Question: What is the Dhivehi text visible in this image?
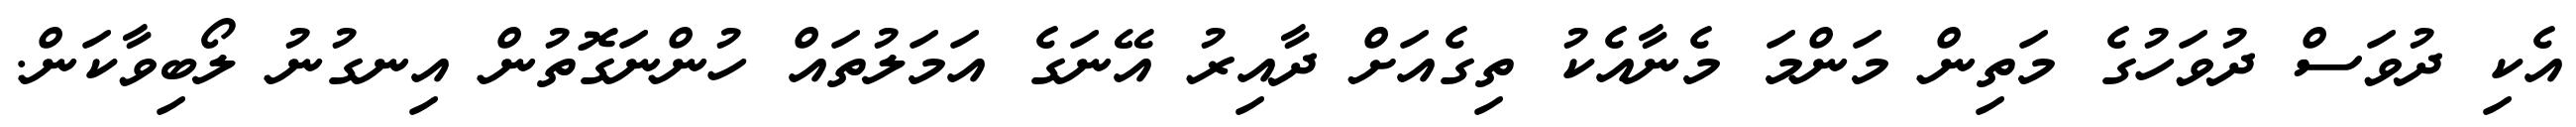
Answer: އެކި ދުވަސް ދުވަހުގެ މަތިން މަންމަ މެނާއެކު ތިގެއަށް ދާއިރު އޭނަގެ އަމަލުތައް ހުންނަގޮތުން އިނގުނު ލޯބިވާކަން.